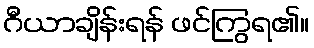
ဂီယာချိန်းရန် ဖင်ကြွရ၏။